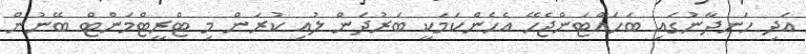
އަދި ހަނދާނުގައި ބަހައްޓަންޖެހޭ އެހެންކަމަކީ ބަރުދަން ލުއި ކުރަން މި ޓްރީޓްމަންޓް ބޭނުން